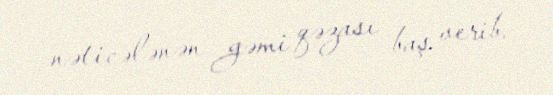
nəticələnən gəmi qəzası baş verib.